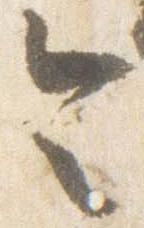
令